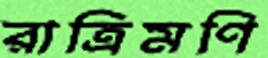
রাত্রিমণি